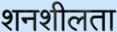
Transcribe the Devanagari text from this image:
शनशीलता